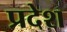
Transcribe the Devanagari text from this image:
प्रदेश